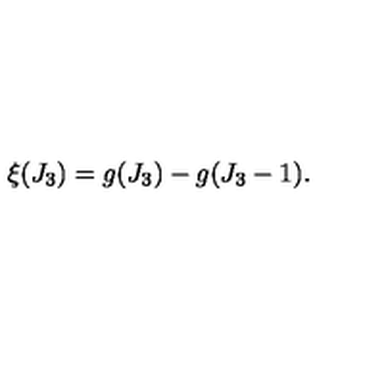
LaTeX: \xi ( J _ { 3 } ) = g ( J _ { 3 } ) - g ( J _ { 3 } - 1 ) .